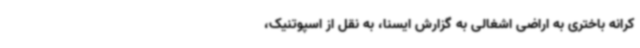
کرانه باختری به اراضی اشغالی به گزارش ایسنا، به نقل از اسپوتنیک،